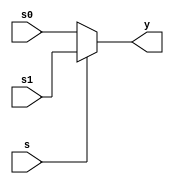
module mux #(parameter N=32)( 
	input s,
	input [N-1:0] s0,
	input [N-1:0] s1,	
	output[N-1:0] y
);
	assign y = (s == 0) ? s0: s1;
endmodule

module mux3 #(parameter N=32)( 
	input [1:0]s,
	input [N-1:0] s0,
	input [N-1:0] s1,
	input [N-1:0] s2,	
	output[N-1:0] y
);
	assign y = (s == 0) ? s0: (s == 1) ? s1: (s == 2) ? s2: 0;
endmodule
    
 module mux4 #(parameter N=32)( 
	input [1:0]s,
	input [N-1:0] s0,
	input [N-1:0] s1,
	input [N-1:0] s2,
    input [N-1:0] s3,
	output[N-1:0] y
);
	assign y = (s == 0) ? s0: (s == 1) ? s1: (s == 2) ? s2: (s == 3) ? s3: 5'b0;
endmodule